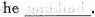
he ___.